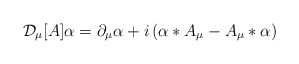
\begin{align*}{\cal D}_\mu[A] \alpha = \partial_\mu \alpha + i \left( \alpha*A_\mu - A_\mu*\alpha\right) \end{align*}